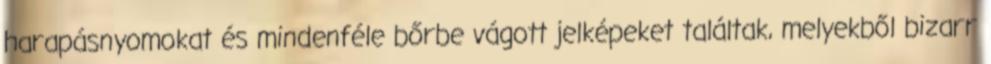
harapásnyomokat és mindenféle bőrbe vágott jelképeket találtak, melyekből bizarr